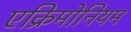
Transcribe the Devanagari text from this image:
एक्रिमोनियम